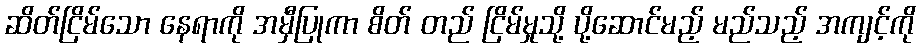
ဆိတ်ငြိမ်သော နေရာကို အမှီပြုကာ စိတ် တည် ငြိမ်မှုသို့ ပို့ဆောင်မည့် မည်သည့် အကျင့်ကို